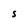
Character: S